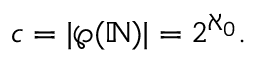
{ \mathfrak { c } } = | \wp ( \mathbb { N } ) | = 2 ^ { \aleph _ { 0 } } .